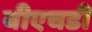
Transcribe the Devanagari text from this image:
बीएचडी